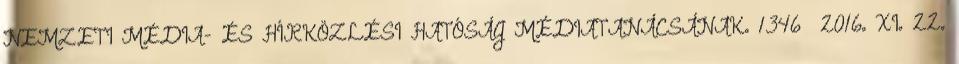
NEMZETI MÉDIA- ÉS HÍRKÖZLÉSI HATÓSÁG MÉDIATANÁCSÁNAK. 1346 2016. XI. 22.